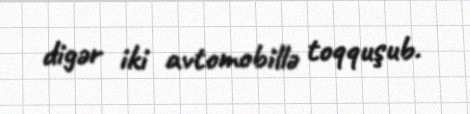
digər iki avtomobillə toqquşub.